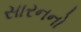
સારનનો